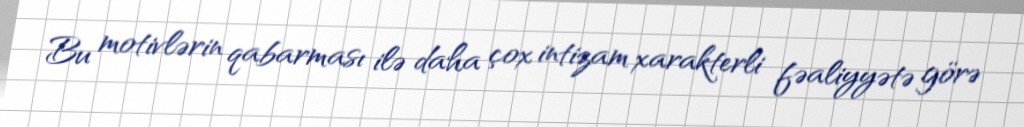
Bu motivlərin qabarması ilə daha çox intizam xarakterli fəaliyyətə görə